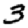
Digit: 3